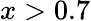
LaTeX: x>0.7